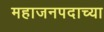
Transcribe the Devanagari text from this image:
महाजनपदाच्या